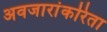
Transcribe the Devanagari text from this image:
अवजारांकरिता